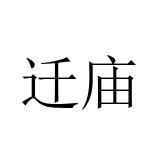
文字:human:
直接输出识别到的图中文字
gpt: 迁庙